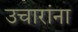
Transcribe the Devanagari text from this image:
उचारांना